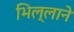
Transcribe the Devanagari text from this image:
भिल्लाने